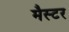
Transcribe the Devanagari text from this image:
मैस्टर